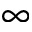
\infty